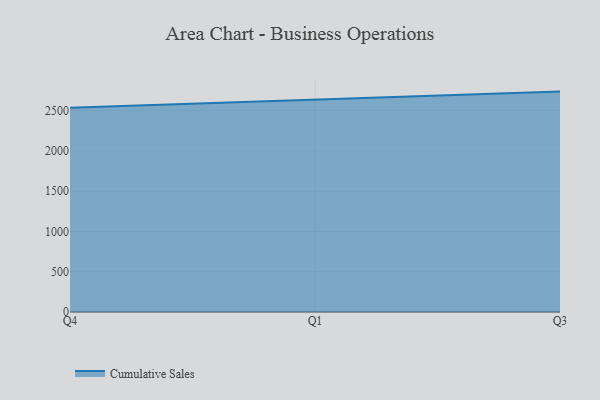
{"axis": {"x": "Quarter", "y": "Net Income (USD K)"}, "legend": ["Cumulative Sales"], "data": [{"x": "Q4", "y": 2535.0, "type": "Cumulative Sales"}, {"x": "Q1", "y": 2633.7, "type": "Cumulative Sales"}, {"x": "Q3", "y": 2735.5, "type": "Cumulative Sales"}]}